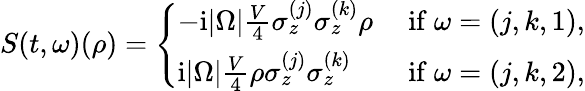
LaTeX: S(t,\omega)({\rho})=\left\{ \begin{array}{ll}{-\mathrm{i}|\Omega|\frac{V}{4}\sigma_{z}^{(j)}\sigma_{z}^{(k)}{\rho}}&{\mathrm{~if~}\omega=(j,k,1),}\\ {\mathrm{i}|\Omega|\frac{V}{4}{\rho}\sigma_{z}^{(j)}\sigma_{z}^{(k)}}&{\mathrm{~if~}\omega=(j,k,2),}\end{array}\right.